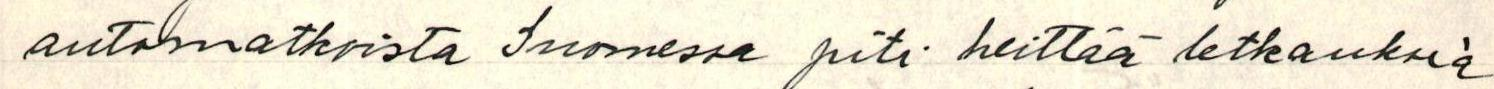
automatkoista Suomessa piti heittää letkauksia